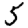
Digit: 5